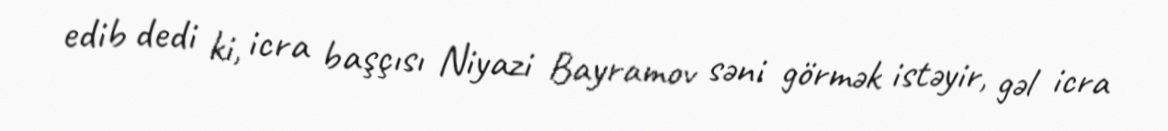
edib dedi ki, icra başçısı Niyazi Bayramov səni görmək istəyir, gəl icra